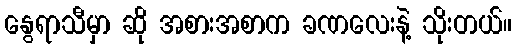
နွေရာသီမှာ ဆို အစားအစာက ခဏလေးနဲ့ သိုးတယ်။